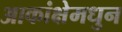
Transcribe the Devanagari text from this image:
आकांक्षेमधुन